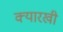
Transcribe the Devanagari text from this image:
क्यारखी